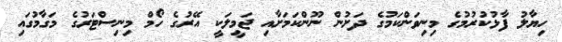
ހިޔާލު ފާޅުކުރުމުގެ މިނިވަންކަމުގެ ދަށުން ނޫންކަމަށާއި ޖަމީލަކީ އޭރުގެ ހޯމް މިނިސްޓަރުގެ މަގާމުގައި